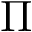
\Pi